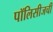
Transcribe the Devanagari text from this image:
पॉलिसीजची